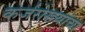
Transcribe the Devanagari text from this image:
कर्जरोख्यांचा